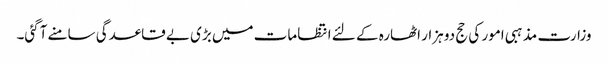
وزارت مذہبی امور کی حج دو ہزار اٹھارہ کے لئے انتظامات میں بڑی بے قاعدگی سامنے آگئی۔